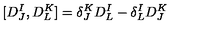
[ D _ { J } ^ { I } , D _ { L } ^ { K } ] = \delta _ { J } ^ { K } D _ { L } ^ { I } - \delta _ { L } ^ { I } D _ { J } ^ { K }